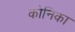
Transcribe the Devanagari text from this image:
कोनिका